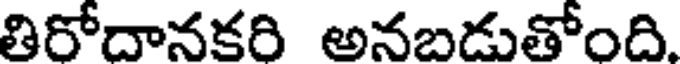
తిరోదానకరి అనబడుతోంది.